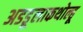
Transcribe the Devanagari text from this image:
अडडूलाकथोल्हू